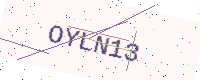
Text: OYLN13